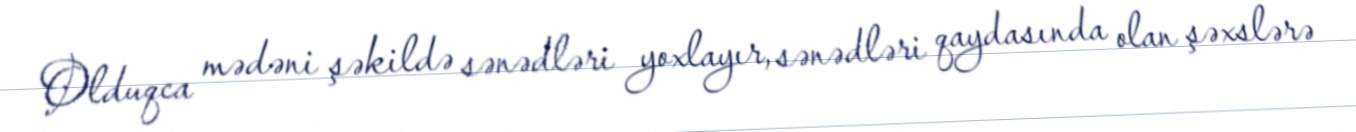
Olduqca mədəni şəkildə sənədləri yoxlayır, sənədləri qaydasında olan şəxslərə